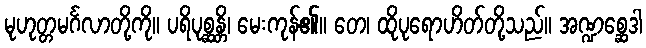
မုဟုတ္တမင်္ဂလာတို့ကို။ ပရိပုစ္ဆန္တိ၊ မေးကုန်၏။ တေ၊ ထိုပုရောဟိတ်တို့သည်။ အဏ္ဍစ္ဆေဒါ